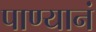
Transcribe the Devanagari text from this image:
पाण्यानं